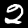
Digit: 2